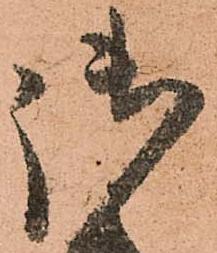
御